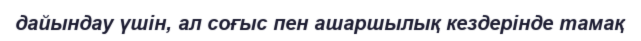
дайындау үшін, ал соғыс пен ашаршылық кездерінде тамақ